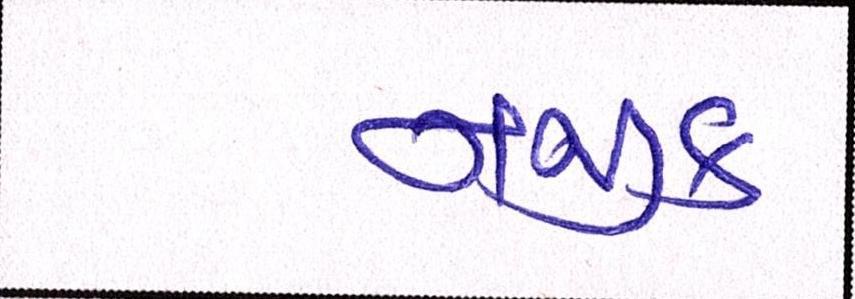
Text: નજીક